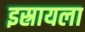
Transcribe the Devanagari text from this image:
इस्रायला